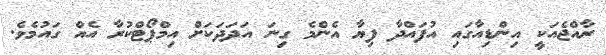
ރާއްޖެއަކީ އިންޑިއާގައި އުފައްދާ ފިޔާ އެންމެ ގިނަ އަދަދަކަށް އިމްޕޯޓްކުރާ އެއް ގައުމެވެ.